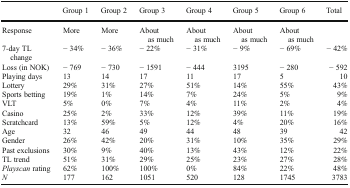
|  | Group 1 | Group 2 | Group 3 | Group 4 | Group 5 | Group 6 | Total |
 | --- | --- | --- | --- | --- | --- | --- | --- |
 | Response | More | More | About as much | About as much | About as much | About as much |  |
 | 7-day TL change | − 34% | − 36% | − 22% | − 31% | − 9% | − 69% | − 42% |
 | Loss (in NOK) | − 769 | − 730 | − 1591 | − 444 | 3195 | − 280 | − 592 |
 | Playing days | 13 | 14 | 17 | 11 | 17 | 5 | 10 |
 | Lottery | 29% | 31% | 27% | 51% | 14% | 55% | 43% |
 | Sports betting | 19% | 1% | 14% | 7% | 24% | 5% | 9% |
 | VLT | 5% | 0% | 7% | 4% | 11% | 2% | 4% |
 | Casino | 25% | 2% | 33% | 12% | 39% | 11% | 19% |
 | Scratchcard | 13% | 59% | 5% | 12% | 4% | 20% | 16% |
 | Age | 32 | 46 | 49 | 44 | 48 | 39 | 42 |
 | Gender | 26% | 42% | 20% | 31% | 10% | 35% | 29% |
 | Past exclusions | 30% | 9% | 40% | 13% | 43% | 12% | 22% |
 | TL trend | 51% | 31% | 29% | 25% | 23% | 27% | 28% |
 | Playscan rating | 62% | 100% | 100% | 0% | 84% | 22% | 48% |
 | N | 177 | 162 | 1051 | 520 | 128 | 1745 | 3783 |